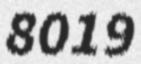
8019